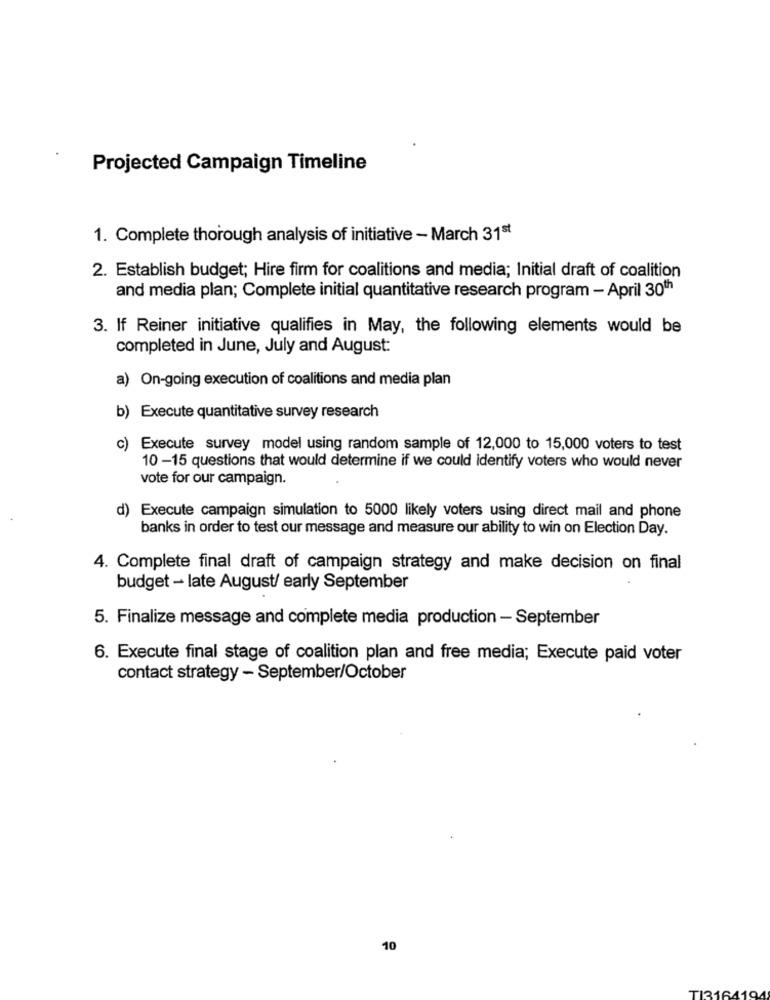
Projected Campaign Timeline
1. Complete thorough analysis of initiative - March 31st
2. Establish budget; Hire firm for coalitions and media; Initial draft of coalition
and media plan; Complete initial quantitative research program - April 30th
3. If Reiner initiative qualifies in May, the following elements would be
completed in June, July and August:
a) On-going execution of coalitions and media plan
b) Execute quantitative survey research
c) Execute survey model using random sample of 12,000 to 15,000 voters to test
10 -15 questions that would determine if we could identify voters who would never
vote for our campaign.
d) Execute campaign simulation to 5000 likely voters using direct mail and phone
banks in order to test our message and measure our ability to win on Election Day.
4. Complete final draft of campaign strategy and make decision on final
budget - late August/ early September
5. Finalize message and complete media production - September
6. Execute final stage of coalition plan and free media; Execute paid voter
contact strategy - September/October
10
TI3164194